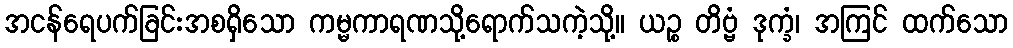
အငန်ရေပက်ခြင်းအစရှိသော ကမ္မကာရဏသို့ရောက်သကဲ့သို့။ ယဉ္စ တိဗ္ဗံ ဒုက္ခံ၊ အကြင် ထက်သော